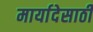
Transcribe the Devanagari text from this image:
मार्यादेसाठी